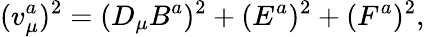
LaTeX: (v_{\mu}^{a})^{2}=(D_{\mu}B^{a})^{2}+(E^{a})^{2}+(F^{a})^{2},